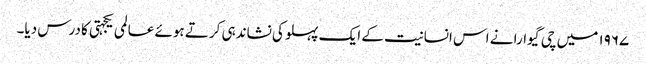
۱۹۶۷ میں چی گیوارا نے اس انسانیت کے ایک پہلو کی نشاندہی کرتے ہوئے عالمی یکجہتی کا درس دیا۔